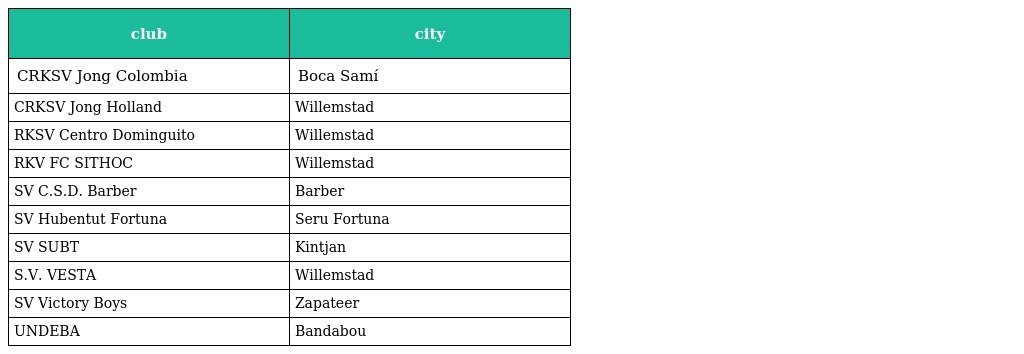
| club | city |
 | --- | --- |
 | CRKSV Jong Colombia | Boca Samí |
 | CRKSV Jong Holland | Willemstad |
 | RKSV Centro Dominguito | Willemstad |
 | RKV FC SITHOC | Willemstad |
 | SV C.S.D. Barber | Barber |
 | SV Hubentut Fortuna | Seru Fortuna |
 | SV SUBT | Kintjan |
 | S.V. VESTA | Willemstad |
 | SV Victory Boys | Zapateer |
 | UNDEBA | Bandabou |